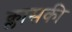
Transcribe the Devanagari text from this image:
क्लासकी